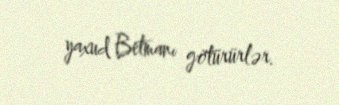
yaxud Betmanı götürürlər.